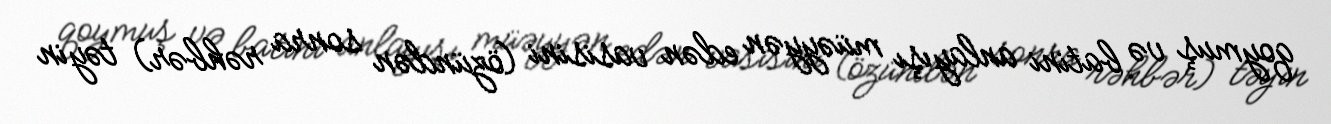
qoymuş və batini anlayışı müəyyən edən vasisini (özündən sonra rəhbər) təyin